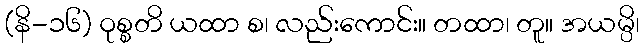
(နိ-၁၆) ဝုစ္စတိ ယထာ စ၊ လည်းကောင်း။ တထာ၊ တူ။ အယမ္ပိ၊